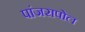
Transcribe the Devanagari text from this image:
पांजरापोल